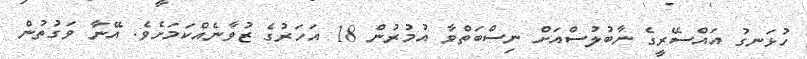
ހުޅަނގު އައްސޭރީގެ ނާބުލުސްއަށް ނިސްބަތްވާ އުމުރުން 18 އަހަރުގެ ޒުވާނެއްކަމަށެވެ. އޭނާ ވަގުތުން